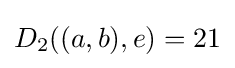
D_{2}((a,b),e)=21